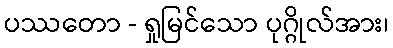
ပဿတော - ရှုမြင်သော ပုဂ္ဂိုလ်အား၊